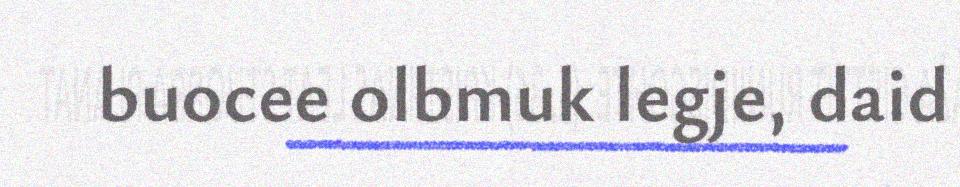
buocee olbmuk legje, daid